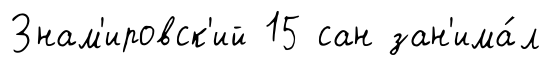
Знам'ировск'ий 15 сан зан'има́л